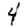
Digit: 4